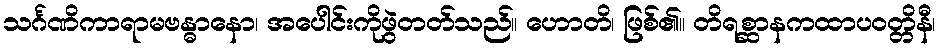
သင်္ဂဏိကာရာမဗန္ဓာနော၊ အပေါင်းကိုဖွဲတတ်သည်။ ဟောတိ၊ ဖြစ်၏။ တိရစ္ဆာနကထာပဝတ္တိနီ၊